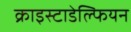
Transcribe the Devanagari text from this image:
क्राइस्टाडेल्फियन